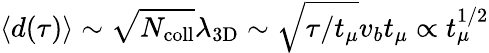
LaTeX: \langle d(\tau)\rangle\sim\sqrt{N_{\mathrm{coll}}}\lambda_{\mathrm{3D}}\sim\sqrt{\tau/t_{\mu}}v_{b}t_{\mu}\propto t_{\mu}^{1/2}